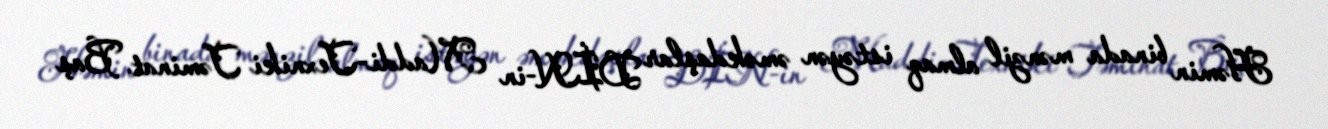
Həmin binada mənzil almaq istəyən əməkdaşlar DİN-in Maddi-Texniki Təminat Baş